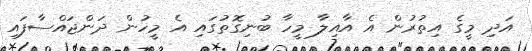
އަދި މީގެ އިތުރުން އެ އާއިލާ މީހާ ބުނިގޮތުގައި އެ މީހުން ދަންޖައްސާފައި